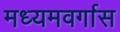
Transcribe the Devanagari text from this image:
मध्यमवर्गास